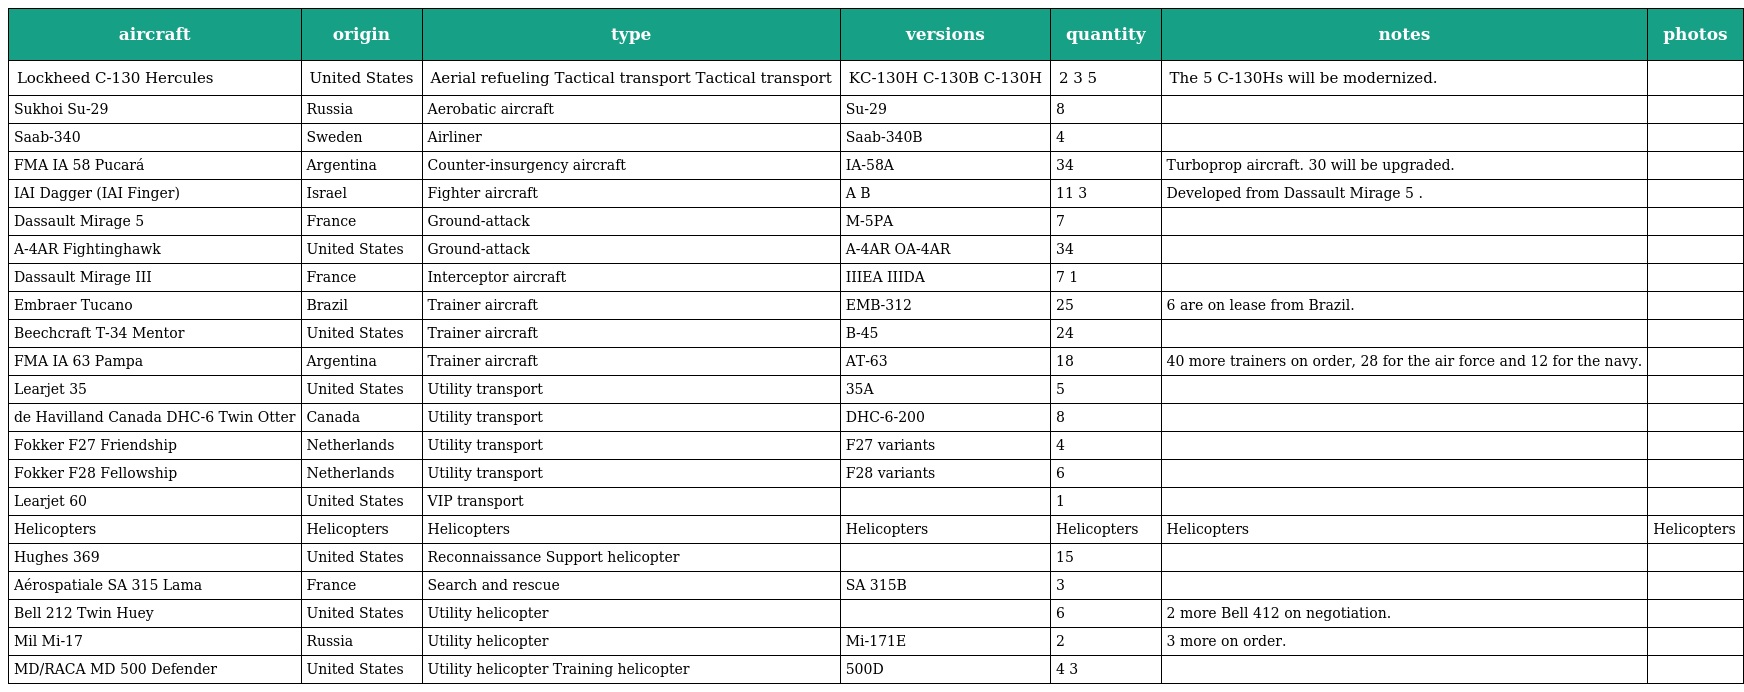
| aircraft | origin | type | versions | quantity | notes | photos |
 | --- | --- | --- | --- | --- | --- | --- |
 | Lockheed C-130 Hercules | United States | Aerial refueling Tactical transport Tactical transport | KC-130H C-130B C-130H | 2 3 5 | The 5 C-130Hs will be modernized. |  |
 | Sukhoi Su-29 | Russia | Aerobatic aircraft | Su-29 | 8 |  |  |
 | Saab-340 | Sweden | Airliner | Saab-340B | 4 |  |  |
 | FMA IA 58 Pucará | Argentina | Counter-insurgency aircraft | IA-58A | 34 | Turboprop aircraft. 30 will be upgraded. |  |
 | IAI Dagger (IAI Finger) | Israel | Fighter aircraft | A B | 11 3 | Developed from Dassault Mirage 5 . |  |
 | Dassault Mirage 5 | France | Ground-attack | M-5PA | 7 |  |  |
 | A-4AR Fightinghawk | United States | Ground-attack | A-4AR OA-4AR | 34 |  |  |
 | Dassault Mirage III | France | Interceptor aircraft | IIIEA IIIDA | 7 1 |  |  |
 | Embraer Tucano | Brazil | Trainer aircraft | EMB-312 | 25 | 6 are on lease from Brazil. |  |
 | Beechcraft T-34 Mentor | United States | Trainer aircraft | B-45 | 24 |  |  |
 | FMA IA 63 Pampa | Argentina | Trainer aircraft | AT-63 | 18 | 40 more trainers on order, 28 for the air force and 12 for the navy. |  |
 | Learjet 35 | United States | Utility transport | 35A | 5 |  |  |
 | de Havilland Canada DHC-6 Twin Otter | Canada | Utility transport | DHC-6-200 | 8 |  |  |
 | Fokker F27 Friendship | Netherlands | Utility transport | F27 variants | 4 |  |  |
 | Fokker F28 Fellowship | Netherlands | Utility transport | F28 variants | 6 |  |  |
 | Learjet 60 | United States | VIP transport |  | 1 |  |  |
 | Helicopters | Helicopters | Helicopters | Helicopters | Helicopters | Helicopters | Helicopters |
 | Hughes 369 | United States | Reconnaissance Support helicopter |  | 15 |  |  |
 | Aérospatiale SA 315 Lama | France | Search and rescue | SA 315B | 3 |  |  |
 | Bell 212 Twin Huey | United States | Utility helicopter |  | 6 | 2 more Bell 412 on negotiation. |  |
 | Mil Mi-17 | Russia | Utility helicopter | Mi-171E | 2 | 3 more on order. |  |
 | MD/RACA MD 500 Defender | United States | Utility helicopter Training helicopter | 500D | 4 3 |  |  |